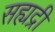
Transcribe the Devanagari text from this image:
सह्यद्री